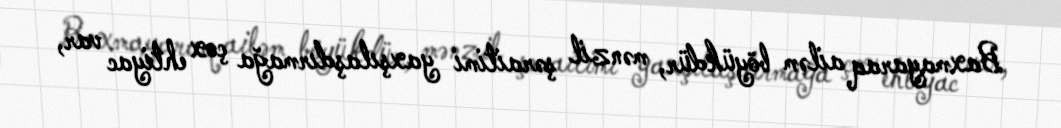
Baxmayaraq ailəm böyükdür, mənzil şəraitimi yaxşılaşdırmağa çox ehtiyac var,